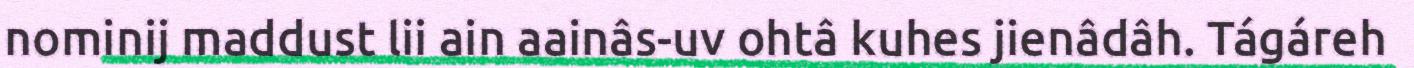
nominij maddust lii ain aainâs-uv ohtâ kuhes jienâdâh. Tágáreh